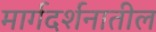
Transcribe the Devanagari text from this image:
मार्गदर्शनातील